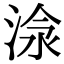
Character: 𣶗